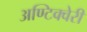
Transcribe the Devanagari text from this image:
अण्टिक्वेरी